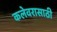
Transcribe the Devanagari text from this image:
कलेवरासाठी